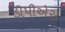
ડીપીએસ